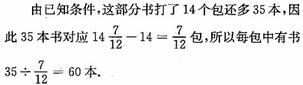
由已知条件，这部分书打了$14$个包还多$35$本，因此$35$本书对应$\frac{7}{12}-14=\frac{7}{12}$包，所以每包中有书$35\div\frac{7}{12}=60$本.